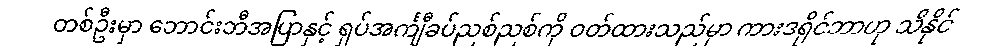
တစ်ဦးမှာ ဘောင်းဘီအပြာနှင့် ရှပ်အင်္ကျီခပ်ညစ်ညစ်ကို ဝတ်ထားသည်မှာ ကားဒရိုင်ဘာဟု သိနိုင်